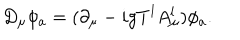
D _ { \mu } \phi _ { a } = ( \partial _ { \mu } - i g T ^ { l } A _ { \mu } ^ { l } ) \phi _ { a } .